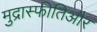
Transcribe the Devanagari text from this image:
मुद्रास्फीतिऔर